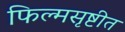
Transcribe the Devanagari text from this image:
फिल्मसृष्टीत